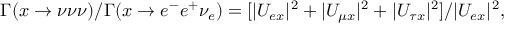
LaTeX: \Gamma ( x \to \nu \nu \nu ) / \Gamma ( x \to e ^ { - } e ^ { + } \nu _ { e } ) = [ | U _ { e x } | ^ { 2 } + | U _ { \mu x } | ^ { 2 } + | U _ { \tau x } | ^ { 2 } ] / | U _ { e x } | ^ { 2 } ,